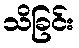
သိခြင်း